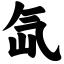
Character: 氙